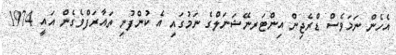
އެހެން ނަމަވެސް ޑްރެޖިން އިންޓަރނޭޝަނަލްގެ ނަމުގައި އެ ކުންފުނި ތައާރަފްވެގެން އައީ 1974